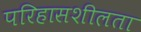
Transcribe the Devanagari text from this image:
परिहासशीलता